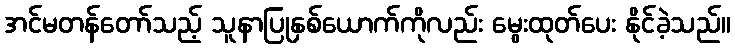
အင်မတန်တော်သည့် သူနာပြုနှစ်ယောက်ကိုလည်း မွေးထုတ်ပေး နိုင်ခဲ့သည်။